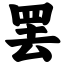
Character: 罢